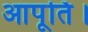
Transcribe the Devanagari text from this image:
आपूर्ति।